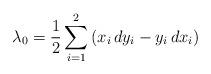
LaTeX: \begin{align*}\lambda_0 = \frac{1}{2}\sum_{i=1}^2\left(x_i\,dy_i - y_i\,dx_i\right)\end{align*}